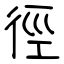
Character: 徑